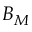
B _ { M }